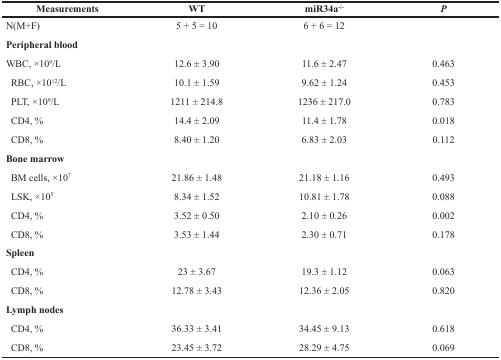
<table><thead><tr><td><b>Measurements</b></td><td><b>WT</b></td><td><b>miR34a<sup>−/−</sup></b></td><td><b><i>P</i></b></td></tr></thead><tbody><tr><td>N(M+F)</td><td>5 + 5 = 10</td><td>6 + 6 = 12</td><td></td></tr><tr><td><b>Peripheral blood</b></td><td></td><td></td><td></td></tr><tr><td>WBC, ×10<sup>9</sup>/L</td><td>12.6 ± 3.90</td><td>11.6 ± 2.47</td><td>0.463</td></tr><tr><td>RBC, ×10<sup>12</sup>/L</td><td>10.1 ± 1.59</td><td>9.62 ± 1.24</td><td>0.453</td></tr><tr><td>PLT, ×10<sup>9</sup>/L</td><td>1211 ± 214.8</td><td>1236 ± 217.0</td><td>0.783</td></tr><tr><td>CD4, %</td><td>14.4 ± 2.09</td><td>11.4 ± 1.78</td><td>0.018</td></tr><tr><td>CD8, %</td><td>8.40 ± 1.20</td><td>6.83 ± 2.03</td><td>0.112</td></tr><tr><td><b>Bone marrow</b></td><td></td><td></td><td></td></tr><tr><td>BM cells, ×10<sup>7</sup></td><td>21.86 ± 1.48</td><td>21.18 ± 1.16</td><td>0.493</td></tr><tr><td>LSK, ×10<sup>5</sup></td><td>8.34 ± 1.52</td><td>10.81 ± 1.78</td><td>0.088</td></tr><tr><td>CD4, %</td><td>3.52 ± 0.50</td><td>2.10 ± 0.26</td><td>0.002</td></tr><tr><td>CD8, %</td><td>3.53 ± 1.44</td><td>2.30 ± 0.71</td><td>0.178</td></tr><tr><td><b>Spleen</b></td><td></td><td></td><td></td></tr><tr><td>CD4, %</td><td>23 ± 3.67</td><td>19.3 ± 1.12</td><td>0.063</td></tr><tr><td>CD8, %</td><td>12.78 ± 3.43</td><td>12.36 ± 2.05</td><td>0.820</td></tr><tr><td><b>Lymph nodes</b></td><td></td><td></td><td></td></tr><tr><td>CD4, %</td><td>36.33 ± 3.41</td><td>34.45 ± 9.13</td><td>0.618</td></tr><tr><td>CD8, %</td><td>23.45 ± 3.72</td><td>28.29 ± 4.75</td><td>0.069</td></tr></tbody></table>